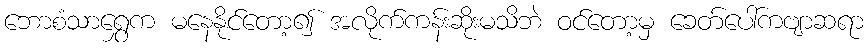
ဘောစံသာရွှေက မနေနိုင်တော့၍ အလိုက်ကန်းဆိုးမသိဘဲ ဝင်တော့မှ ခေတ်ပေါ်ကဗျာဆရာ